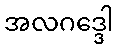
အလဂဒ္ဒေါ